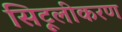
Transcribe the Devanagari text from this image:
सिट्रूलीकरण